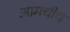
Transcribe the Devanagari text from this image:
आमचीच